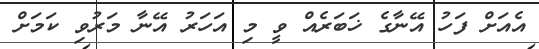
އެއަށް ފަހު އޭނާގެ ޚަބަރެއް ވީ މި އަހަރު އޭނާ މަރުވި ކަމަށް